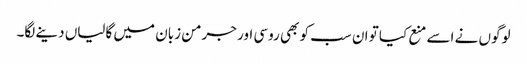
لوگوں نے اسے منع کیا تو ان سب کو بھی روسی اور جرمن زبان میں گالیاں دینے لگا۔